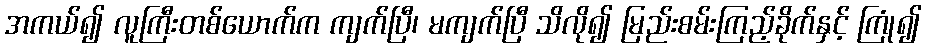
အကယ်၍ လူကြီးတစ်ယောက်က ကျက်ပြီ၊ မကျက်ပြီ သိလို၍ မြည်းစမ်းကြည့်ခိုက်နှင့် ကြုံ၍